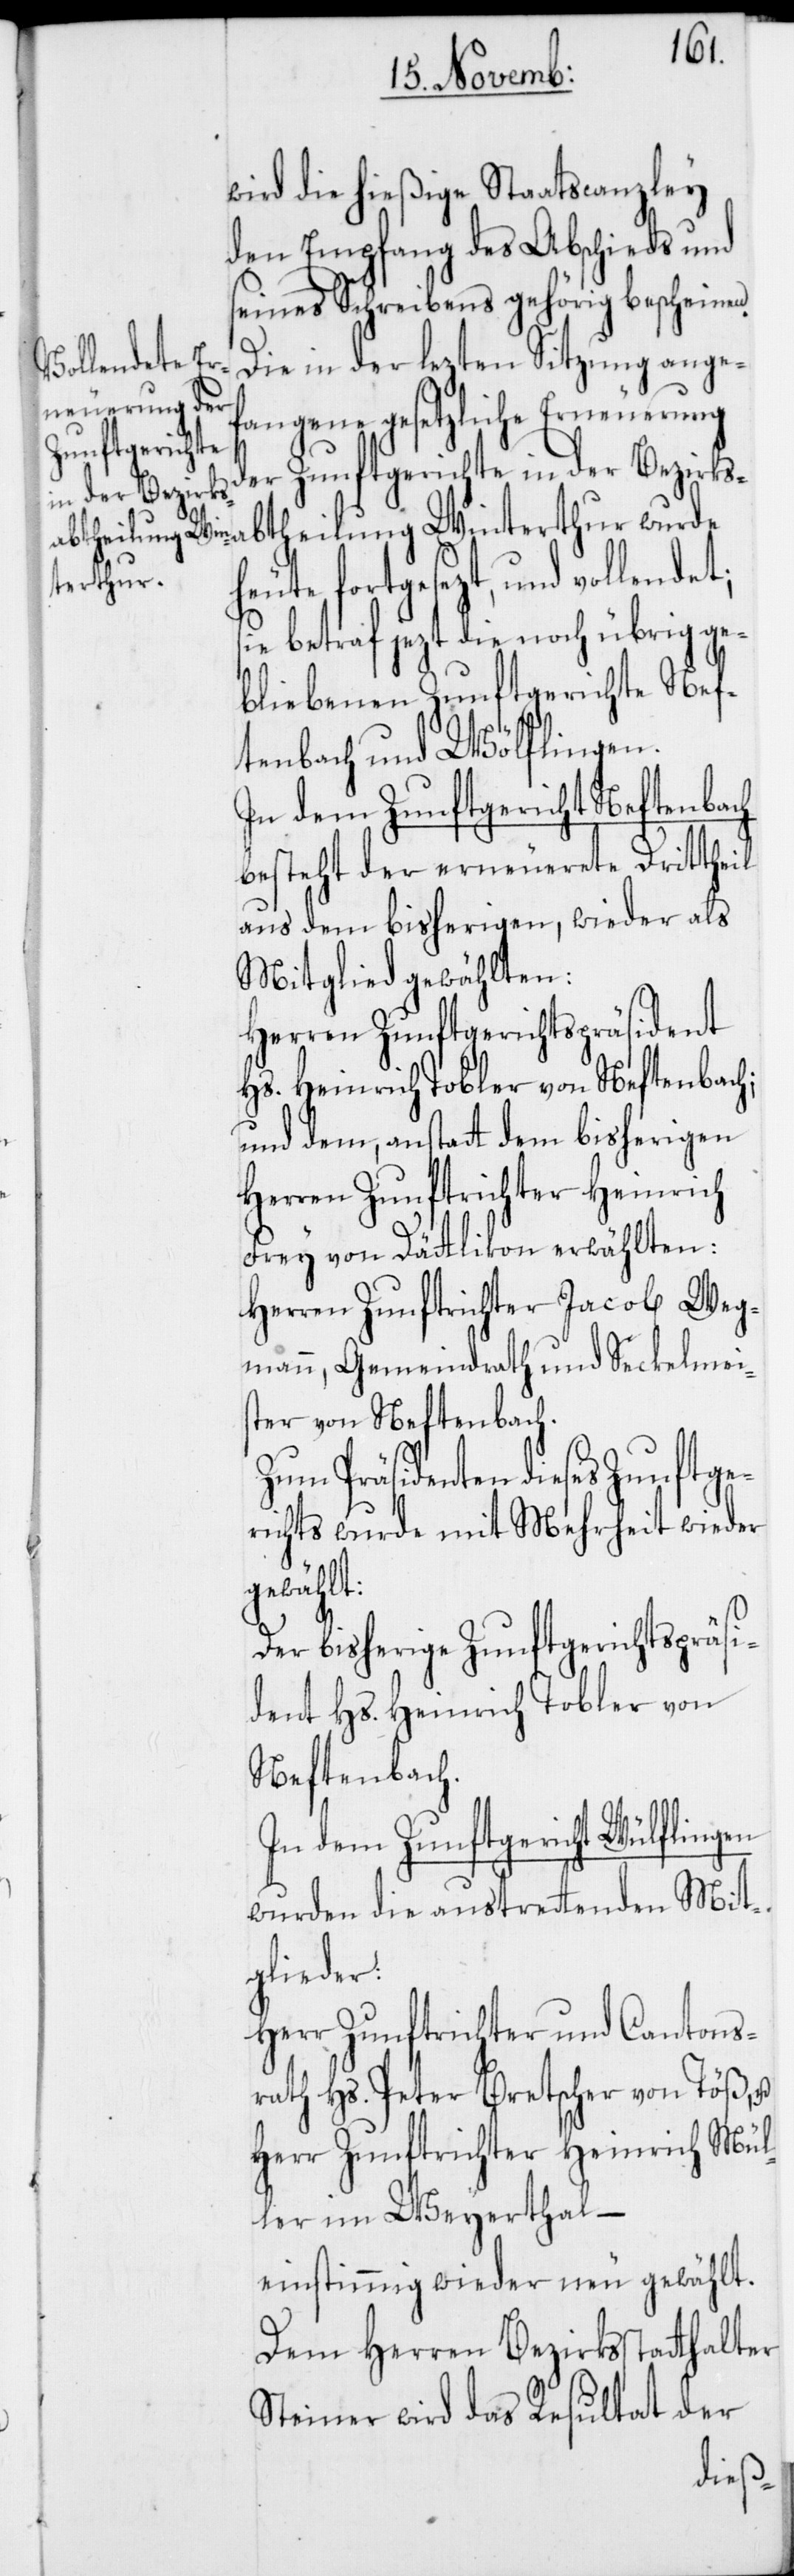
wird die hießige Staatscanzley
den Empfang des Abschieds und
seines Schreibens gehörig bescheinen.
Die in der lezten Sitzung ange¬
vollendet; s¬
fangene gesetzliche Erneuerung
der Zunftgerichte in der Bezirks¬
abtheilung Winterthur wurde
heute fortgesezt, und
ie betraf jezt die noch übrig ge¬
bliebenen Zunftgerichte Nef¬
tenbach und Wölflingen
In dem Zunftgericht Neftenbach
besteht der erneuerete Drittheil
aus dem bisherigen, wieder als
Mitglied gewählten:
Herren Zunftgerichtspräsident
Hs. Heinrich Tobler von Neftenbach;
und dem, anstatt dem bisherigen
Herren Zunftrichter Heinrich
Frey von Dättlikon erwählten:
Herren Zunftrichter Jacob Weg¬
mann, Gemeindrath und Seckelmeis¬
ter von Neftenbach.
Zum Präsidenten dieses Zunftge¬
richts wurde mit Mehrheit wieder
gewählt:
Der bisherige Zunftgerichtspräsi¬
dent Hs. Heinrich Tobler von
Neftenbach.
In dem Zunftgericht Wülflingen
wurden die austrettenden Mit¬
glieder:
Herr Zunftrichter und Cantons¬
rath Hs. Peter Bretscher von Töß, u.
Herr Zunftrichter Heinrich Mül¬
ler im Weyerthal –
einstimmig wieder neu gewählt.
Dem Herren Bezirksstatthalter
Steiner wird das Resultat der